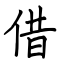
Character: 借